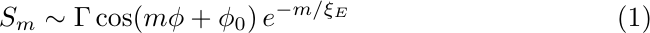
\begin{equation}
    S_m \sim \Gamma \cos(m\phi + \phi_0) \, e^{-m/\xi_E}
\end{equation}